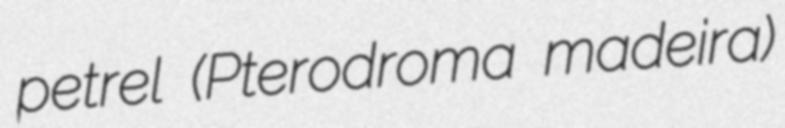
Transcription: petrel (Pterodroma madeira)